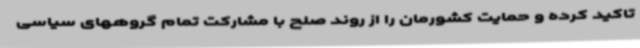
تاکید کرده و حمایت کشورمان را از روند صلح با مشارکت تمام گروههای سیاسی